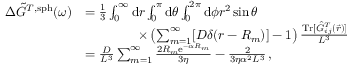
\begin{array} { r l } { \Delta \Tilde { G } ^ { T , \mathrm { s p h } } ( \omega ) } & { = \frac { 1 } { 3 } \int _ { 0 } ^ { \infty } \mathrm { d } r \int _ { 0 } ^ { \pi } \mathrm { d } \theta \int _ { 0 } ^ { 2 \pi } \mathrm { d } \phi r ^ { 2 } \sin \theta } \\ & { \qquad \qquad \times \left( \sum _ { m = 1 } ^ { \infty } [ D \delta ( r - R _ { m } ) ] - 1 \right) \frac { \mathrm { T r } [ \Hat { G } _ { i j } ^ { T } ( \vec { r } ) ] } { L ^ { 3 } } } \\ & { = \frac { D } { L ^ { 3 } } \sum _ { m = 1 } ^ { \infty } \frac { 2 R _ { m } \mathrm { e } ^ { - \alpha R _ { m } } } { 3 \eta } - \frac { 2 } { 3 \eta \alpha ^ { 2 } L ^ { 3 } } \, , } \end{array}